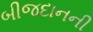
બીજદાનની